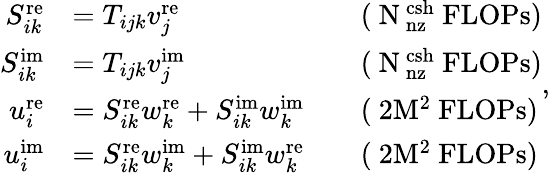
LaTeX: \begin{array}{rlrl}{S_{ik}^{\mathrm{re}}}&{=T_{ijk}v_{j}^{\mathrm{re}}}&&{\mathrm{(~N_\mathrm{~nz}^\mathrm{~csh}~FLOPs)}}\\ {S_{ik}^{\mathrm{im}}}&{=T_{ijk}v_{j}^{\mathrm{im}}}&&{\mathrm{(~N_\mathrm{~nz}^\mathrm{~csh}~FLOPs)}}\\ {u_{i}^{\mathrm{re}}}&{=S_{ik}^{\mathrm{re}}w_{k}^{\mathrm{re}}+S_{ik}^{\mathrm{im}}w_{k}^{\mathrm{im}}}&&{\mathrm{(~2M^2~FLOPs)}}\\ {u_{i}^{\mathrm{im}}}&{=S_{ik}^{\mathrm{re}}w_{k}^{\mathrm{im}}+S_{ik}^{\mathrm{im}}w_{k}^{\mathrm{re}}}&&{\mathrm{(~2M^2~FLOPs)}}\end{array},